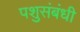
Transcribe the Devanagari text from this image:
पशुसंबंधी